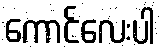
ကောင်လေးပါ